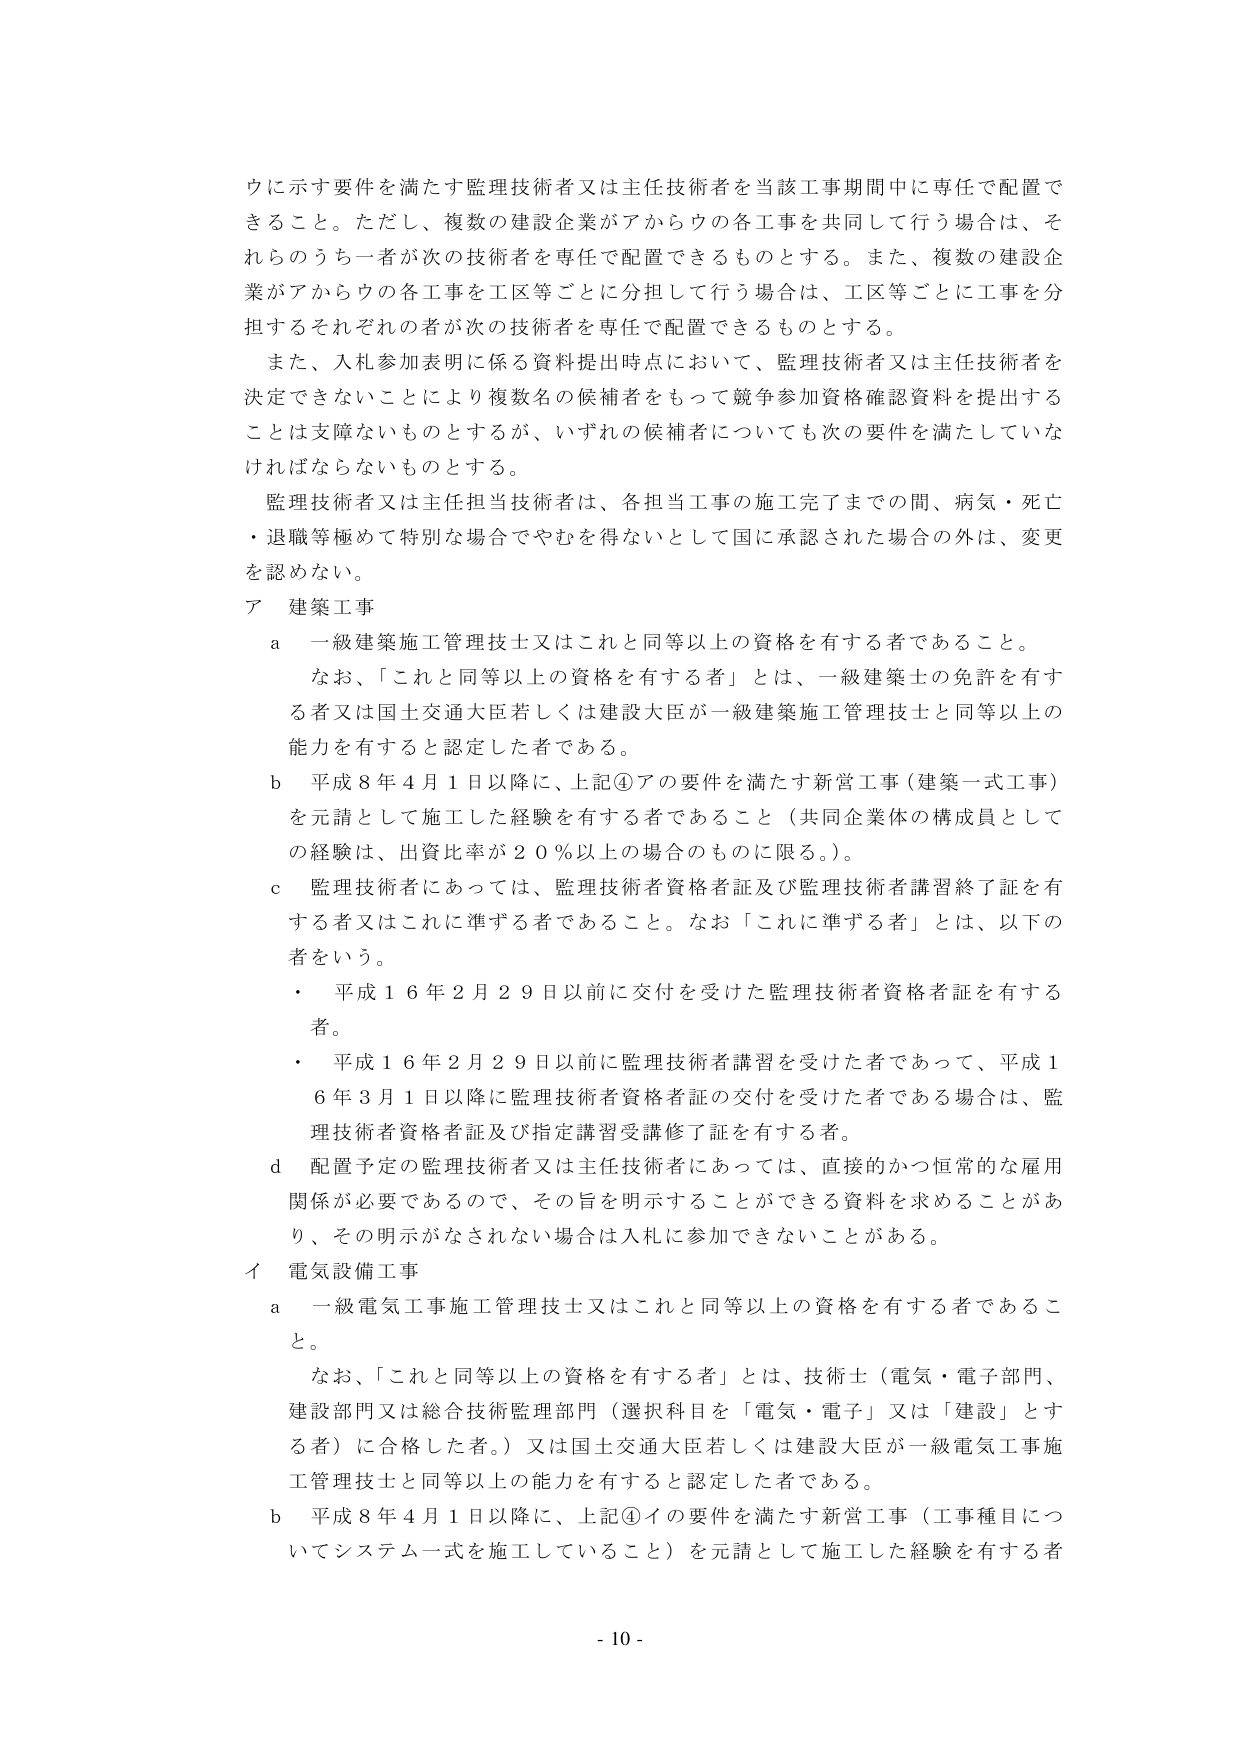
ウに示す要件を満たす監理技術者又は主任技術者を当該工事期間中に専任で配置できること。ただし、複数の建設企業がアからウの各工事を共同して行う場合は、それらのうち一者が次の技術者を専任で配置できるものとする。また、複数の建設企業がアからウの各工事を工区等ごとに分担して行う場合は、工区等ごとに工事を分担するそれぞれの者が次の技術者を専任で配置できるものとする。

また、入札参加表明に係る資料提出時点において、監理技術者又は主任技術者を決定できないことにより複数名の候補者をもって競争参加資格確認資料を提出することは支障ないものとするが、いずれの候補者についても次の要件を満たしていなければならないものとする。

監理技術者又は主任担当技術者は、各担当工事の施工完了までの間、病気・死亡・退職等極めて特別な場合でやむを得ないとして国に承認された場合の外は、変更を認めない。

ア 建築工事

a 一級建築施工管理技士又はこれと同等以上の資格を有する者であること。

なお、「これと同等以上の資格を有する者」とは、一級建築士の免許を有する者又は国土交通大臣若しくは建設大臣が一級建築施工管理技士と同等以上的能力を有すると認定した者である。

b 平成８年４月１日以降に、上記④アの要件を満たす新営工事（建築一式工事）を元請として施工した経験を有する者であること（共同企業体の構成員としての経験は、出資比率が２０％以上の場合のものに限る。）。

c 監理技術者にあっては、監理技術者資格者証及び監理技術者講習終了証を有する者又はこれに準ずる者であること。なお「これに準ずる者」とは、以下の者をいう。

・ 平成１６年２月２９日以前に交付を受けた監理技術者資格者証を有する者。

・ 平成１６年２月２９日以前に監理技術者講習を受けた者であって、平成１６年３月１日以降に監理技術者資格者証の交付を受けた者である場合は、監理技術者資格者証及び指定講習受講修了証を有する者。

d 配置予定の監理技術者又は主任技術者にあっては、直接的かつ恒常的な雇用関係が必要であるので、その旨を明示することができる資料を求めることがあり、その明示がなされない場合は入札に参加できないことがある。

イ 電気設備工事

a 一級電気工事施工管理技士又はこれと同等以上の資格を有する者であること。

なお、「これと同等以上の資格を有する者」とは、技術者（電気・電子部門、建設部門又は総合技術監理部門（選択科目を「電気・電子」又は「建設」とする者）に合格した者。）又は国土交通大臣若しくは建設大臣が一級電気工事施工管理技士と同等以上的能力を有すると認定した者である。

b 平成８年４月１日以降に、上記④イの要件を満たす新営工事（工事種目についてシステム一式を施工していること）を元請として施工した経験を有する者

- 10 -